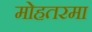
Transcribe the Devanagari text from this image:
मोहतरमा